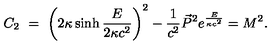
C _ { 2 } \ = \ \left( 2 \kappa \sinh \frac { E } { 2 \kappa c ^ { 2 } } \right) ^ { 2 } - { \frac { 1 } { c ^ { 2 } } } \vec { P } ^ { 2 } e ^ { \frac { E } { \kappa c ^ { 2 } } } = M ^ { 2 } .